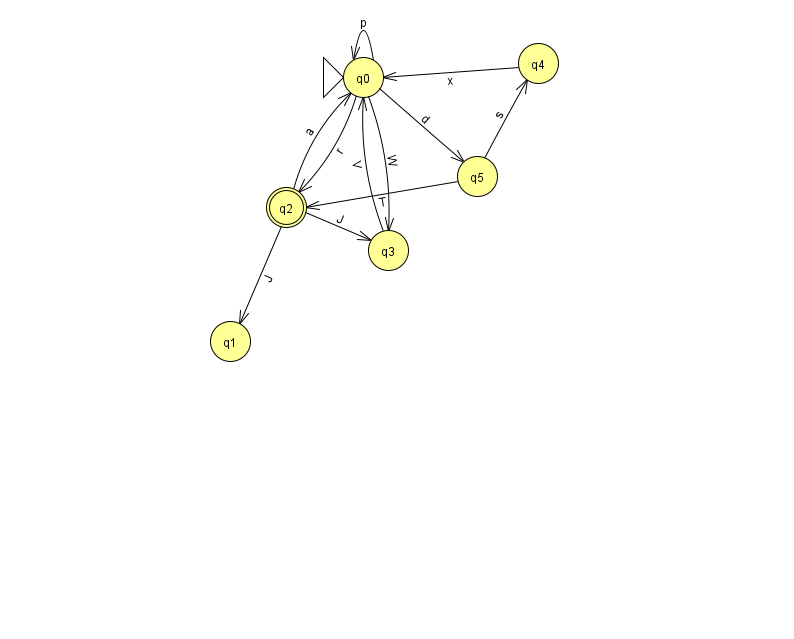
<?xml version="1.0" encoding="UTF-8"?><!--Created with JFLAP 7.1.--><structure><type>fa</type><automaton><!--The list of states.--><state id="0" name="q0"><x>363.0</x><y>64.0</y><initial/></state><state id="1" name="q1"><x>230.0</x><y>328.0</y></state><state id="2" name="q2"><x>286.0</x><y>194.0</y><final/></state><state id="3" name="q3"><x>388.0</x><y>237.0</y></state><state id="4" name="q4"><x>538.0</x><y>50.0</y></state><state id="5" name="q5"><x>477.0</x><y>163.0</y></state><!--The list of transitions.--><transition><from>0</from><to>0</to><read>p</read></transition><transition><from>0</from><to>2</to><read>r</read></transition><transition><from>2</from><to>1</to><read>J</read></transition><transition><from>2</from><to>0</to><read>a</read></transition><transition><from>2</from><to>3</to><read>J</read></transition><transition><from>0</from><to>3</to><read>W</read></transition><transition><from>0</from><to>5</to><read>d</read></transition><transition><from>3</from><to>0</to><read>V</read></transition><transition><from>5</from><to>2</to><read>T</read></transition><transition><from>5</from><to>4</to><read>s</read></transition><transition><from>4</from><to>0</to><read>x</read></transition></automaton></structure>